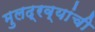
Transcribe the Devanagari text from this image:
मुलद्रव्यांची